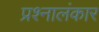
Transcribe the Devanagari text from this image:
प्रश्नालंकार